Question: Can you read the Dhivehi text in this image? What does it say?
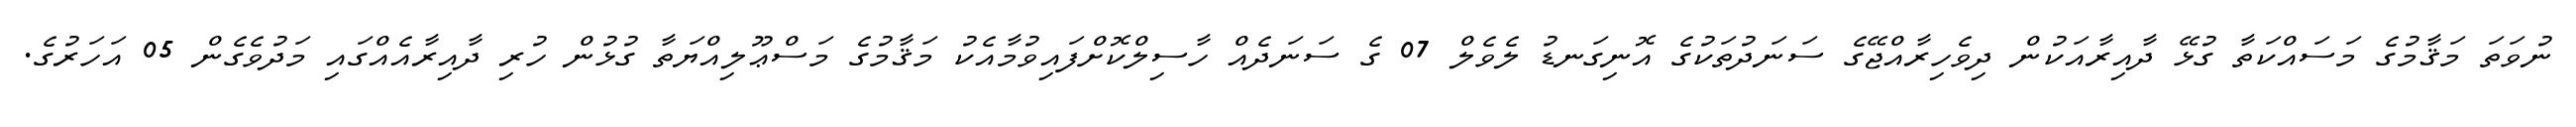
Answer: ނުވަތަ މަޤާމުގެ މަސައްކަތާ ގުޅޭ ދާއިރާއަކުން ދިވެހިރާއްޖޭގެ ސަނަދުތަކުގެ އޮނިގަނޑު ލެވެލް 07 ގެ ސަނަދެއް ހާސިލްކޮށްފައިވުމާއެކު މަޤާމުގެ މަސްޢޫލިއްޔަތާ ގުޅުން ހުރި ދާއިރާއެއްގައި މަދުވެގެން 05 އަހަރުގެ.